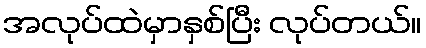
အလုပ်ထဲမှာနှစ်ပြီး လုပ်တယ်။